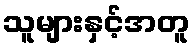
သူများနှင့်အတူ